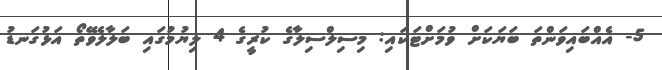
5- އެއްބައިވަންތަ ބަޔަކަށް ވުމަށްޓަކައި: މިސިލްސިލާގެ ކުރީގެ 4 ލިޔުމުގައި ބަލާލެވޭތޯ އަޅުގަނޑު